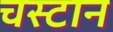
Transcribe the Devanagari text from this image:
चस्टान